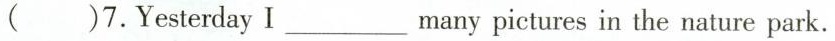
（）7.Yesterday I___ many pictures in the nature park.